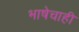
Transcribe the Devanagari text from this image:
भाषेचाही